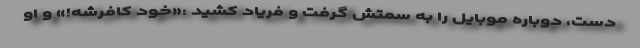
دست، دوباره موبایل را به سمتش گرفت و فریاد کشید :«خود کافرشه!» و او